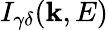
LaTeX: I_{\gamma\delta}(\mathbf{k},E)